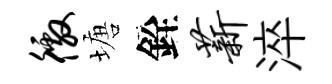
徼塘銓薪淬